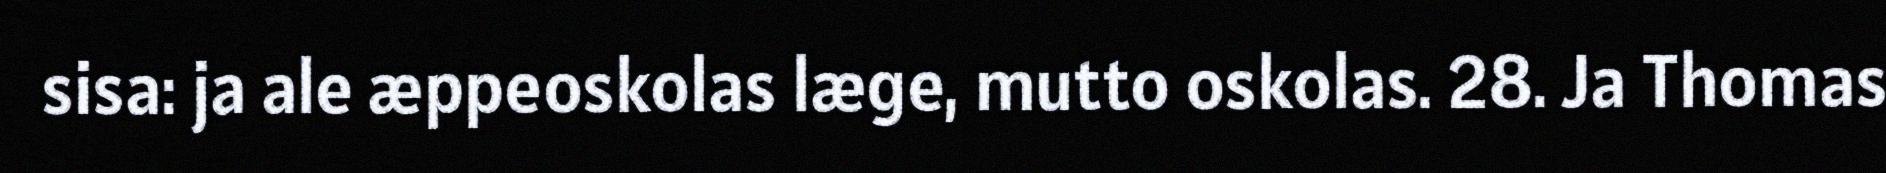
sisa: ja ale æppeoskolas læge, mutto oskolas. 28. Ja Thomas